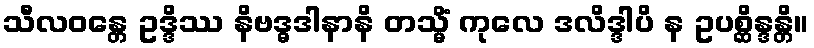
သီလဝန္တေ ဥဒ္ဒိဿ နိဗဒ္ဓဒါနာနိ တသ္မိံ ကုလေ ဒလိဒ္ဒါပိ န ဥပစ္ဆိန္ဒန္တိ။